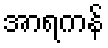
အာရကန်